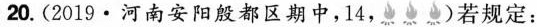
20.(2019·河南安阳殷都区期中，14，若规定：